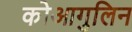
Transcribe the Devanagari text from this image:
कोआगुलिन